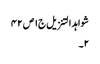
شواہد التنزیل ج١ ص ٤٢
٢۔